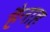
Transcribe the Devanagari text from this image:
हैनाह